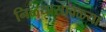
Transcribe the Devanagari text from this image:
निळ्यासावळ्या